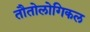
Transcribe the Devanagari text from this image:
तौतोलोगिकल